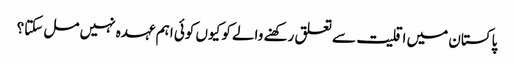
پاکستان میں اقلیت سے تعلق رکھنے والے کو کیوں کوئی اہم عہدہ نہیں مل سکتا؟